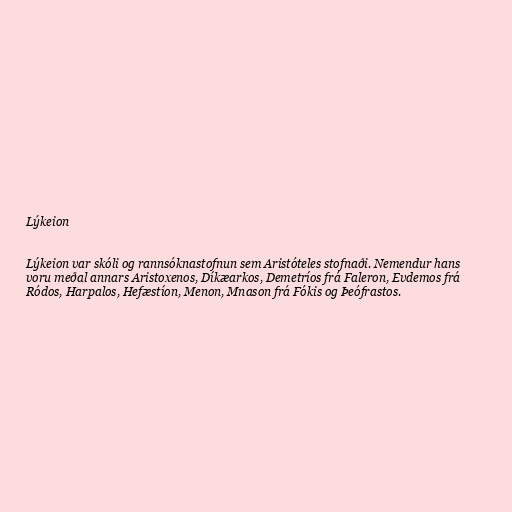
Lýkeion

Lýkeion var skóli og rannsóknastofnun sem Aristóteles stofnaði. Nemendur hans
voru meðal annars Aristoxenos, Díkæarkos, Demetríos frá Faleron, Evdemos frá
Ródos, Harpalos, Hefæstíon, Menon, Mnason frá Fókis og Þeófrastos.